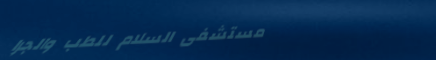
مستشفى السلام للطب والجرا